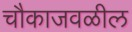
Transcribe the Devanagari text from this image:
चौकाजवळील